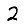
Digit: 2